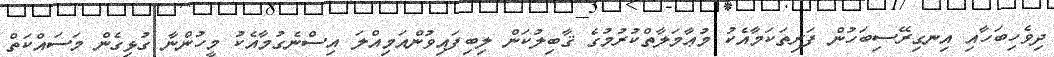
ދިވެހިބަހާއި އިނގިރޭސިބަހުން ފަރިތަކަމާއެކު މުޢާމަލާތްކުރުމުގެ ޤާބިލުކަން ލިބިފައިވުންއަމިއްލަ އިސްނެގުމާއެކު މީހުންނާ ގުޅިގެން މަސައްކަތް